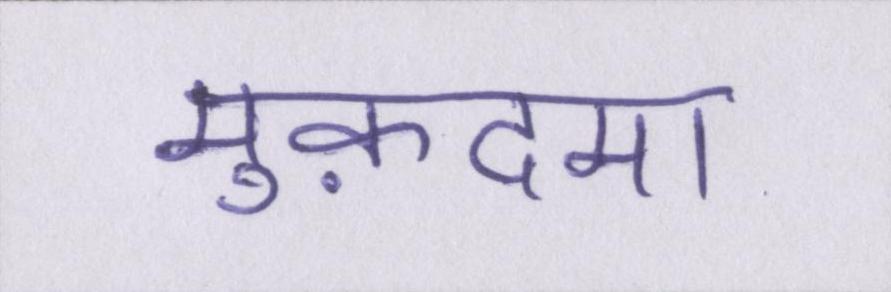
मुक़दमा